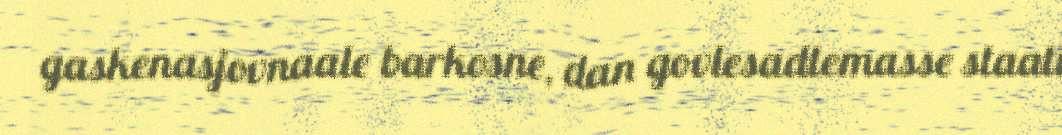
gaskenasjovnaale barkosne, dan govlesadtemasse staati